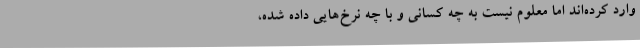
وارد کرده‌اند اما معلوم نیست به چه کسانی و با چه نرخ‌هایی داده شده،